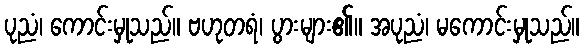
ပုညံ၊ ကောင်းမှုသည်။ ဗဟုတရံ၊ ပွားများ၏။ အပုညံ၊ မကောင်းမှုသည်။